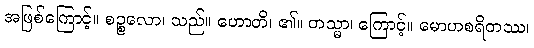
အဖြစ်ကြောင့်။ စဉ္စလော၊ သည်။ ဟောတိ၊ ၏။ တသ္မာ၊ ကြောင့်။ မောဟစရိတဿ၊